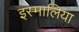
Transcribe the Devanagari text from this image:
इस्मालिया